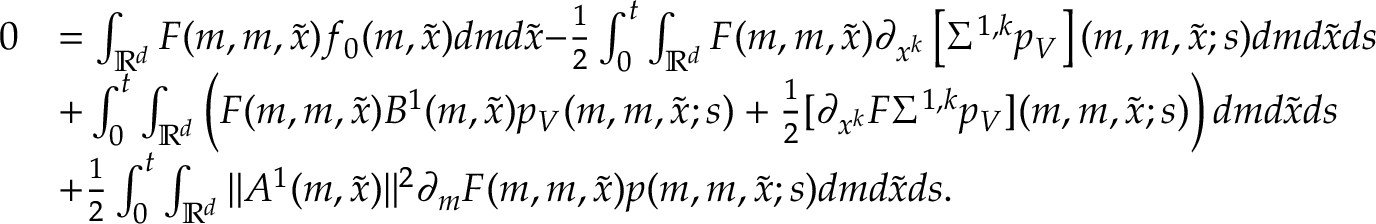
\begin{array} { r l } { 0 } & { = \int _ { \mathbb { R } ^ { d } } F ( m , m , \tilde { x } ) f _ { 0 } ( m , \tilde { x } ) d m d \tilde { x } { - \frac { 1 } { 2 } \int _ { 0 } ^ { t } \int _ { { \mathbb R } ^ { d } } F ( m , m , \tilde { x } ) \partial _ { x ^ { k } } \left[ \Sigma ^ { 1 , k } p _ { V } \right] ( m , m , \tilde { x } ; s ) d m d \tilde { x } d s } } \\ & { + \int _ { 0 } ^ { t } \int _ { { \mathbb R } ^ { d } } \left( F ( m , m , \tilde { x } ) B ^ { 1 } ( m , \tilde { x } ) p _ { V } ( m , m , \tilde { x } ; s ) + \frac { 1 } { 2 } [ \partial _ { x ^ { k } } F \Sigma ^ { 1 , k } p _ { V } ] ( m , m , \tilde { x } ; s ) \right) d m d \tilde { x } d s } \\ & { + { \frac { 1 } { 2 } } \int _ { 0 } ^ { t } \int _ { \mathbb { R } ^ { d } } { \| A ^ { 1 } ( m , \tilde { x } ) \| ^ { 2 } } \partial _ { m } F ( m , m , \tilde { x } ) { p ( m , m , \tilde { x } ; s ) } d m d \tilde { x } d s . } \end{array}